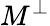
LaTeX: M^{\perp}